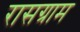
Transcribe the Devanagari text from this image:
रासग्राम